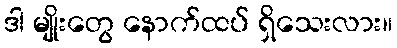
ဒါ မျိုးတွေ နောက်ထပ် ရှိသေးလား။